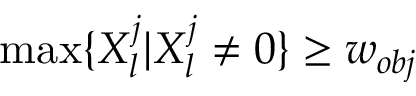
\operatorname* { m a x } \{ X _ { l } ^ { j } | X _ { l } ^ { j } \neq 0 \} \ge w _ { o b j }